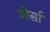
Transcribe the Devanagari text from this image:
बोर्सा